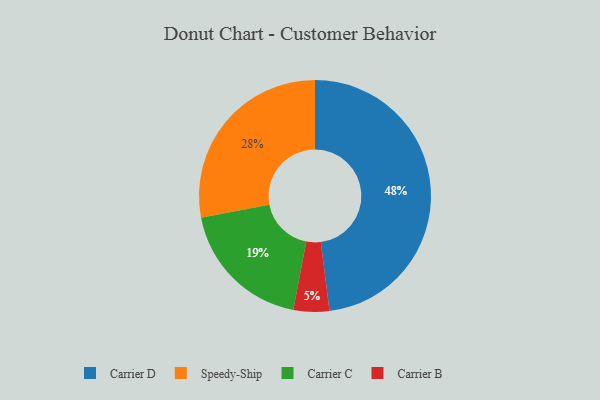
{"axis": {"x": "Category", "y": "Percentage"}, "legend": ["Carrier B", "Carrier C", "Carrier D", "Speedy-Ship"], "data": [{"x": "Speedy-Ship", "y": 28, "type": "Speedy-Ship"}, {"x": "Carrier D", "y": 48, "type": "Carrier D"}, {"x": "Carrier C", "y": 19, "type": "Carrier C"}, {"x": "Carrier B", "y": 5, "type": "Carrier B"}]}